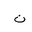
Letter: _non